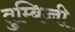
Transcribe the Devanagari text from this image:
तुम्बिच्ची